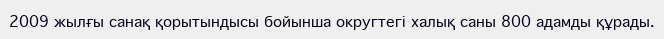
2009 жылғы санақ қорытындысы бойынша округтегі халық саны 800 адамды құрады.